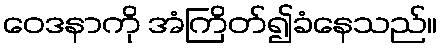
ဝေဒနာကို အံကြိတ်၍ခံနေသည်။